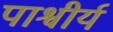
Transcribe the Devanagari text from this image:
पाश्वीर्य